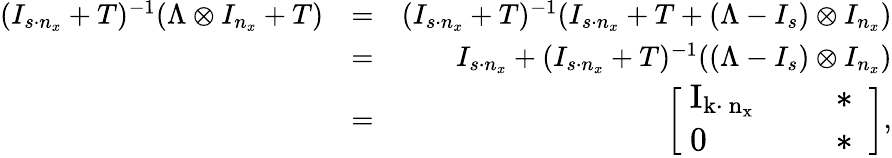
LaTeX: \begin{array}{rlr}{(I_{s\cdot n_{x}}+T)^{-1}(\Lambda\otimes I_{n_{x}}+T)}&{=}&{(I_{s\cdot n_{x}}+T)^{-1}(I_{s\cdot n_{x}}+T+(\Lambda-I_{s})\otimes I_{n_{x}})}\\ &{=}&{I_{s\cdot n_{x}}+(I_{s\cdot n_{x}}+T)^{-1}((\Lambda-I_{s})\otimes I_{n_{x}})}\\ &{=}&{\left[\begin{array}{lll}{\mathrm{\large{~I_{k\cdot~n_x}~}}}&&{\mathrm{\large~\ast~}}\\ {\mathrm{\large{~0~}}}&&{\mathrm{\large~\ast~}}\end{array}\right],}\end{array}